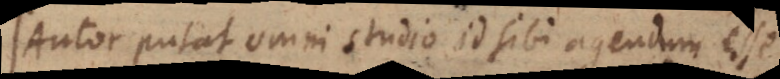
Autor putat omni studio id sibi agendum esse